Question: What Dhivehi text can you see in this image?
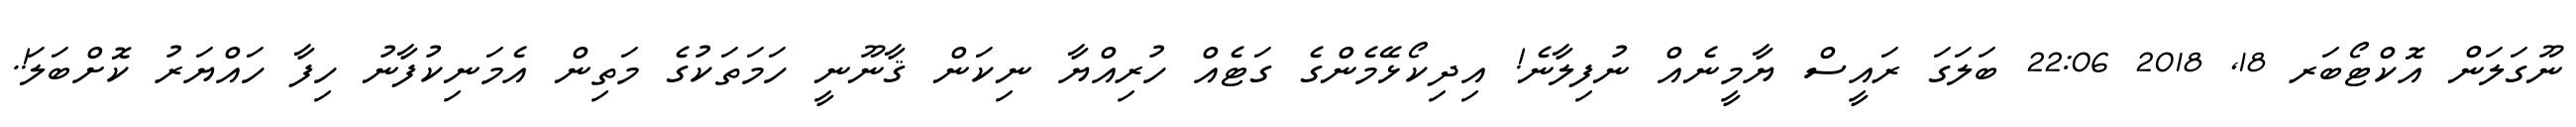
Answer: ނޫގަލަން އޮކްޓޯބަރ 18, 2018 22:06 ބަލަގަ ރައީސް ޔާމީނެއް ނުފިލާނެ! އިދިކޯޅޭމެންގެ ގަޓެއް ހުރިއްޔާ ނިކަން ޤާނޫނީ ހަމަތަކުގެ މަތިން އެމަނިކުފާނު ހިފާ ހައްޔަރު ކޮށްބަލަ!.